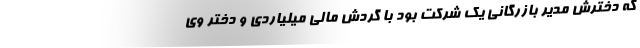
که دخترش مدیر بازرگانی یک شرکت بود با گردش مالی میلیاردی و دختر وی